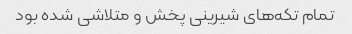
تمام تکه‌های شیرینی پخش و متلاشی شده بود